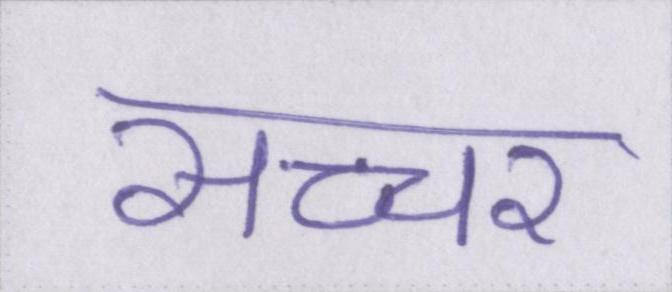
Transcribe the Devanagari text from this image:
सच्चर